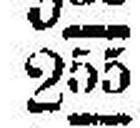
255